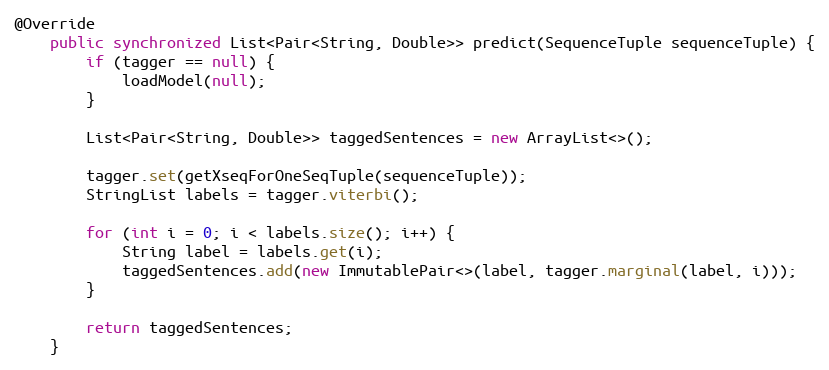
Language: Java
@Override
    public synchronized List<Pair<String, Double>> predict(SequenceTuple sequenceTuple) {
        if (tagger == null) {
            loadModel(null);
        }

        List<Pair<String, Double>> taggedSentences = new ArrayList<>();

        tagger.set(getXseqForOneSeqTuple(sequenceTuple));
        StringList labels = tagger.viterbi();

        for (int i = 0; i < labels.size(); i++) {
            String label = labels.get(i);
            taggedSentences.add(new ImmutablePair<>(label, tagger.marginal(label, i)));
        }

        return taggedSentences;
    }